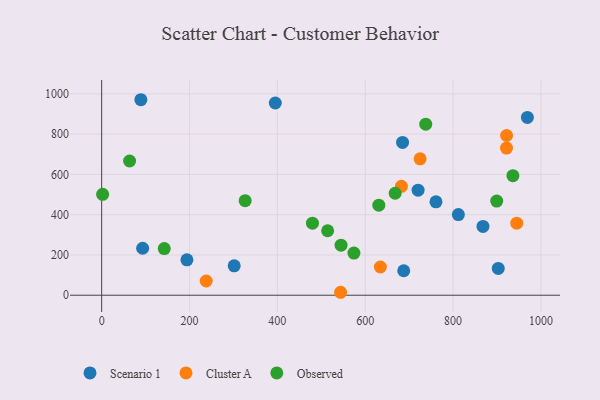
{"axis": {"x": "Speed", "y": "Salary"}, "legend": ["Cluster A", "Observed", "Scenario 1"], "data": [{"x": "395.3", "y": 954.4, "type": "Scenario 1"}, {"x": "89.3", "y": 970.7, "type": "Scenario 1"}, {"x": "301.7", "y": 145.9, "type": "Scenario 1"}, {"x": "761.1", "y": 463.5, "type": "Scenario 1"}, {"x": "902.9", "y": 132.8, "type": "Scenario 1"}, {"x": "969.2", "y": 882.7, "type": "Scenario 1"}, {"x": "868.1", "y": 341.5, "type": "Scenario 1"}, {"x": "812.1", "y": 400.6, "type": "Scenario 1"}, {"x": "687.7", "y": 121.6, "type": "Scenario 1"}, {"x": "685.0", "y": 758.9, "type": "Scenario 1"}, {"x": "93.3", "y": 233.2, "type": "Scenario 1"}, {"x": "194.1", "y": 175.9, "type": "Scenario 1"}, {"x": "720.4", "y": 521.6, "type": "Scenario 1"}, {"x": "945.0", "y": 357.6, "type": "Cluster A"}, {"x": "543.9", "y": 14.6, "type": "Cluster A"}, {"x": "921.7", "y": 730.4, "type": "Cluster A"}, {"x": "725.0", "y": 677.1, "type": "Cluster A"}, {"x": "921.9", "y": 793.1, "type": "Cluster A"}, {"x": "682.4", "y": 540.7, "type": "Cluster A"}, {"x": "634.5", "y": 140.2, "type": "Cluster A"}, {"x": "238.0", "y": 70.6, "type": "Cluster A"}, {"x": "574.3", "y": 209.3, "type": "Observed"}, {"x": "936.3", "y": 593.8, "type": "Observed"}, {"x": "514.5", "y": 320.0, "type": "Observed"}, {"x": "899.4", "y": 467.5, "type": "Observed"}, {"x": "737.8", "y": 849.1, "type": "Observed"}, {"x": "631.0", "y": 447.0, "type": "Observed"}, {"x": "668.2", "y": 506.3, "type": "Observed"}, {"x": "545.0", "y": 248.3, "type": "Observed"}, {"x": "142.5", "y": 231.8, "type": "Observed"}, {"x": "326.7", "y": 469.4, "type": "Observed"}, {"x": "2.2", "y": 501.0, "type": "Observed"}, {"x": "479.9", "y": 357.5, "type": "Observed"}, {"x": "63.6", "y": 666.4, "type": "Observed"}]}